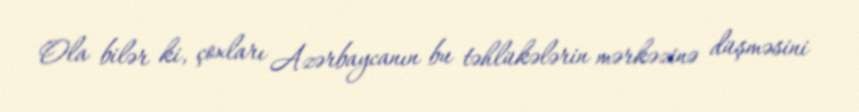
Ola bilər ki, çoxları Azərbaycanın bu təhlükələrin mərkəzinə düşməsini